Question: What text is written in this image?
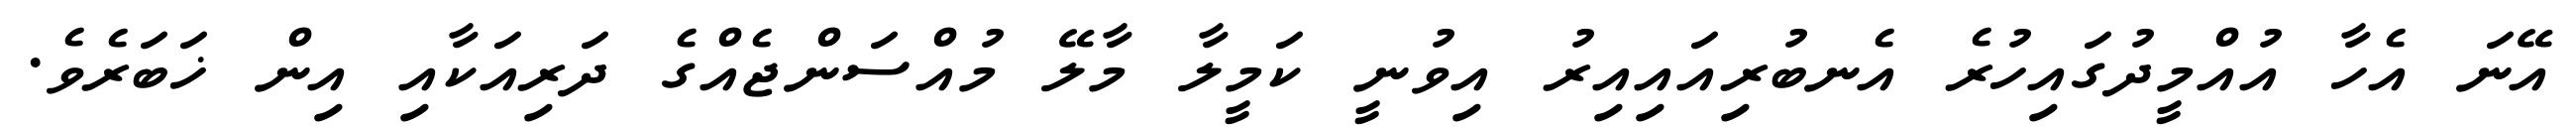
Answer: އޭނަ އެހާ އުއްމީދުގައިހުރެ އެނބުރިއައިއިރު އިވުނީ ކަމީލާ މާލޭ މުއްސަންޖެއްގެ ދަރިއަކާއި އިން ޚަބަރެވެ.